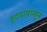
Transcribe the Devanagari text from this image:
हृदयापासून